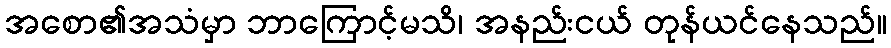
အစော၏အသံမှာ ဘာကြောင့်မသိ၊ အနည်းငယ် တုန်ယင်နေသည်။